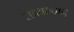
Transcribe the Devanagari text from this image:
राबवल्याने